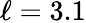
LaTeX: \ell=3.1